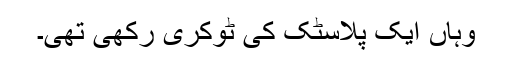
وہاں ایک پلاسٹک کی ٹوکری رکھی تھی۔